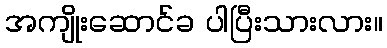
အကျိုးဆောင်ခ ပါပြီးသားလား။